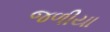
જળીયા